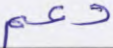
دعم